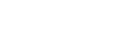
ဋ္ဌ-ဒု-အုပ်-၆၈။